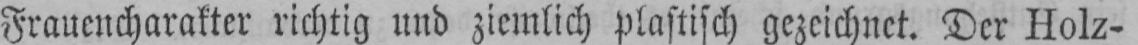
Frauencharakter richtig und ziemlich plastisch gezeichnet. Der Holz-